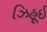
ઝિહૂઈ